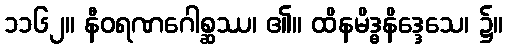
၁၁၆၂။ နီဝရဏဂေါစ္ဆဿ၊ ၏။ ထိနမိဒ္ဓနိဒ္ဒေသေ၊ ၌။